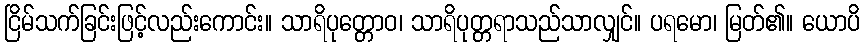
ငြိမ်သက်ခြင်းဖြင့်လည်းကောင်း။ သာရိပုတ္တောဝ၊ သာရိပုတ္တရာသည်သာလျှင်။ ပရမော၊ မြတ်၏။ ယောပိ